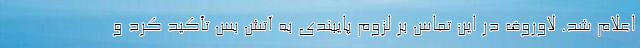
اعلام شد. لاوروف در این تماس بر لزوم پایبندی به آتش بس تأکید کرد و